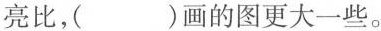
亮比，（ ）画的图更大一些。